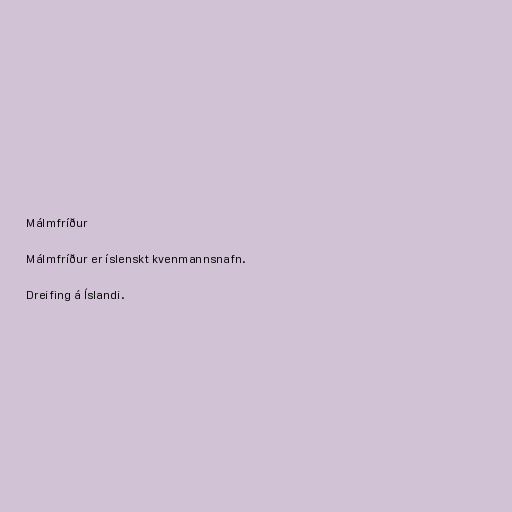
Málmfríður

Málmfríður er íslenskt kvenmannsnafn.

Dreifing á Íslandi.